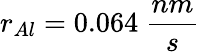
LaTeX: r_{Al}=0.064~\frac{nm}{s}